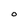
Character: 0